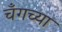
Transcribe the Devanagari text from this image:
चँगच्या